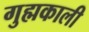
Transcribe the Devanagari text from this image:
गुह्मकाली